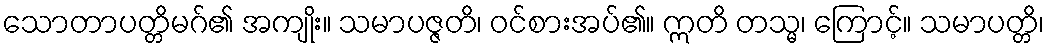
သောတာပတ္တိမဂ်၏ အကျိုး။ သမာပဇ္ဇတိ၊ ဝင်စားအပ်၏။ ဣတိ တသ္မ၊ ကြောင့်။ သမာပတ္တိ၊